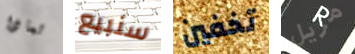
لماذا سنبيع تخفين مزيل